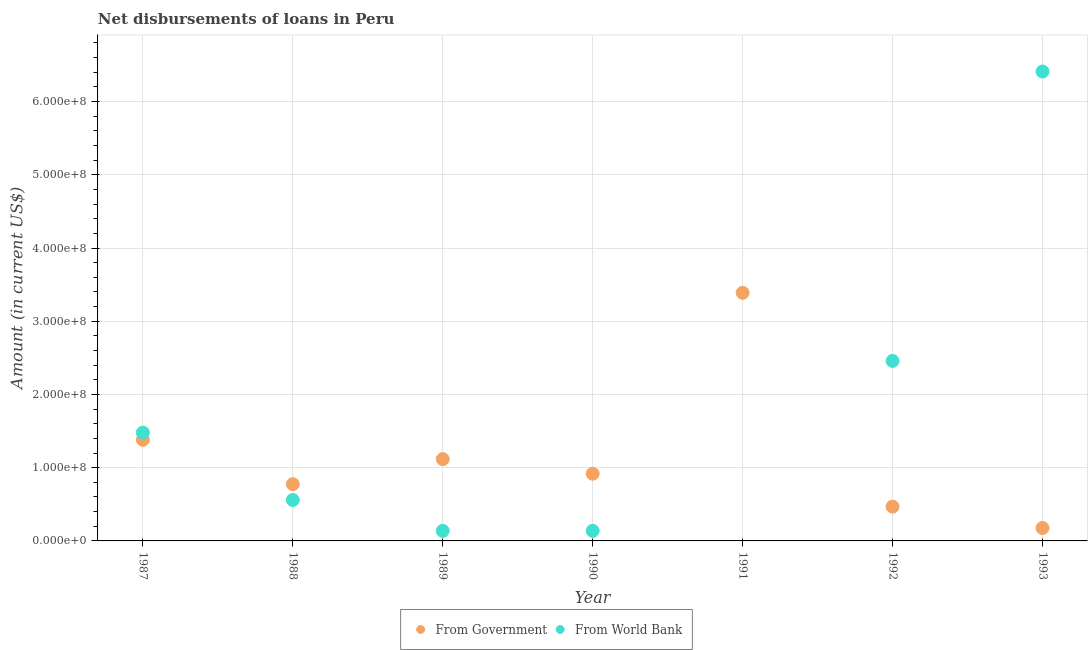
| Year | From Government | From World Bank |
 | --- | --- | --- |
 | 1987 | 1.38e+08 | 1.48e+08 |
 | 1988 | 7.75e+07 | 5.59e+07 |
 | 1989 | 1.12e+08 | 1.38e+07 |
 | 1990 | 9.18e+07 | 1.38e+07 |
 | 1991 | 3.39e+08 | -3.6e+08 |
 | 1992 | 4.68e+07 | 2.46e+08 |
 | 1993 | 1.76e+07 | 6.41e+08 |